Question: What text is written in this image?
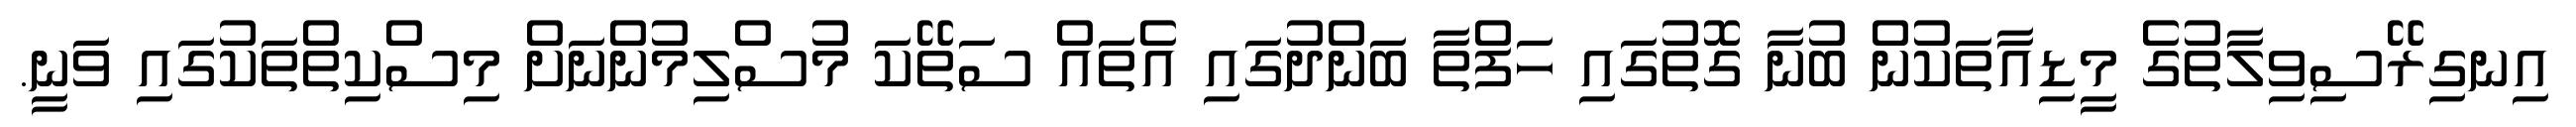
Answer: އިނގިރޭސިވިލާތުގެ މީޑިއާތަކުން ބުނާ ގޮތުގައި ހަފްތާ ބަންދުގައި އެތައް ސަތޭކަ މުސްލިމުންނަށް މިސްކިތްތަކުގައި ވަނީ.